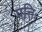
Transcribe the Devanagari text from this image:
पत्तिः